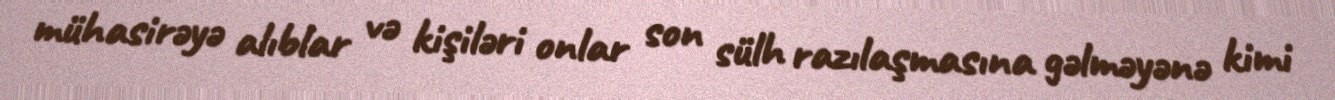
mühasirəyə alıblar və kişiləri onlar son sülh razılaşmasına gəlməyənə kimi